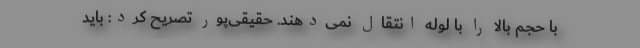
با حجم بالا را با لوله انتقال نمی‌دهند. حقیقی‌پور تصریح کرد: باید